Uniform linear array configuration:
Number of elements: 48
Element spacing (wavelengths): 0.5
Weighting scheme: cosine
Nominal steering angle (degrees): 60
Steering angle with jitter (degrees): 58.158
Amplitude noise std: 0.05
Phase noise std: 0.05

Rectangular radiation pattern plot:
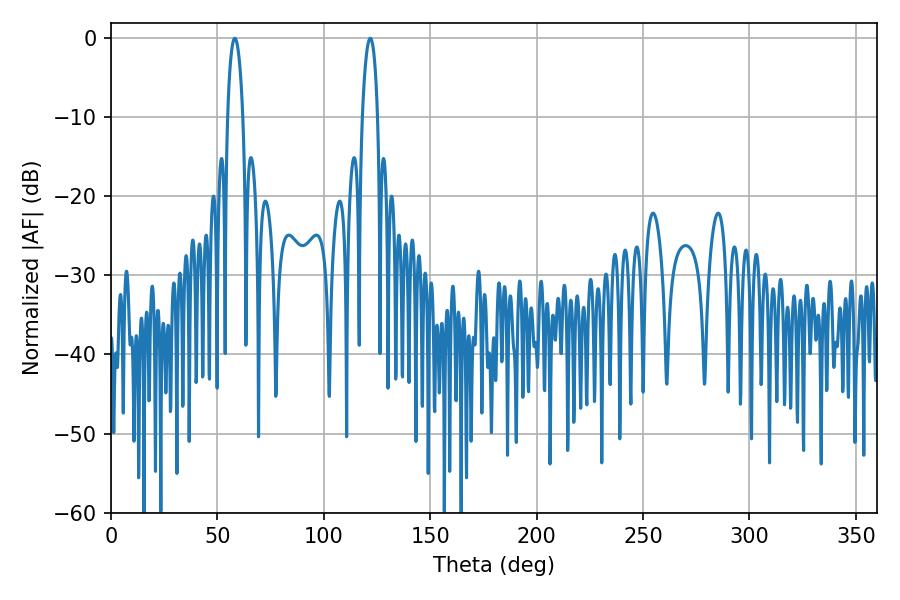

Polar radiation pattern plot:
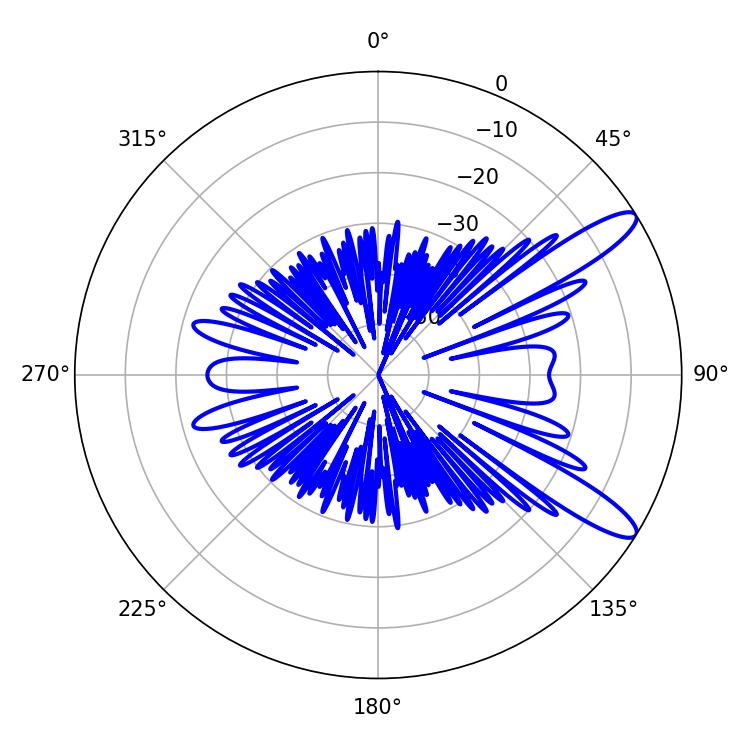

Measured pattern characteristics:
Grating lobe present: FALSE
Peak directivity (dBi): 11.75
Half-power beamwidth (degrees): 4.14
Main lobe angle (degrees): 58.14